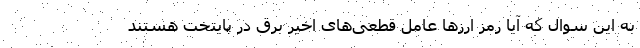
به این سوال که آیا رمز ارز‌ها عامل قطعی‌های اخیر برق در پایتخت هستند